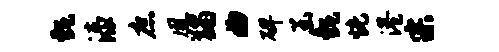
甄漆庶凰蠲曲碑函甄恍港宗